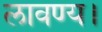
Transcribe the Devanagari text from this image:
लावण्य।